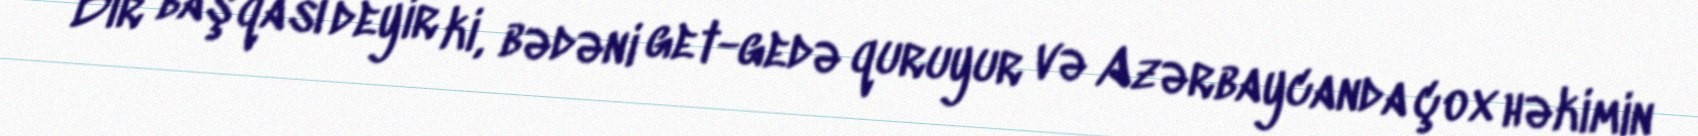
Bir başqası deyir ki, bədəni get-gedə quruyur və Azərbaycanda çox həkimin